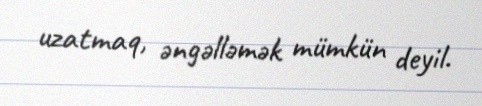
uzatmaq, əngəlləmək mümkün deyil.